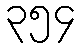
၃၅၄